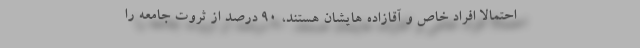
احتمالا افراد خاص و آقازاده هایشان هستند، 90 درصد از ثروت جامعه را